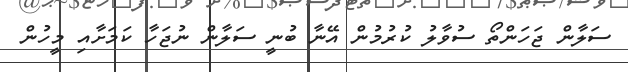
ސަލާން ޖަހަންތޯ ސުވާލު ކުރުމުން އޭނާ ބުނީ ސަލާން ނުޖަހާ ކަމަށާއި މީހުން